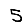
Digit: 5